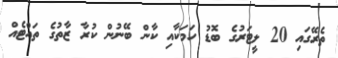
ތެރޭގައި 20 ލީޓަރުގެ ބޮޑު ހަމަކާއި ކާން ބޭނުން ކުރާ ޒާތުގެ ތައްޓެއް